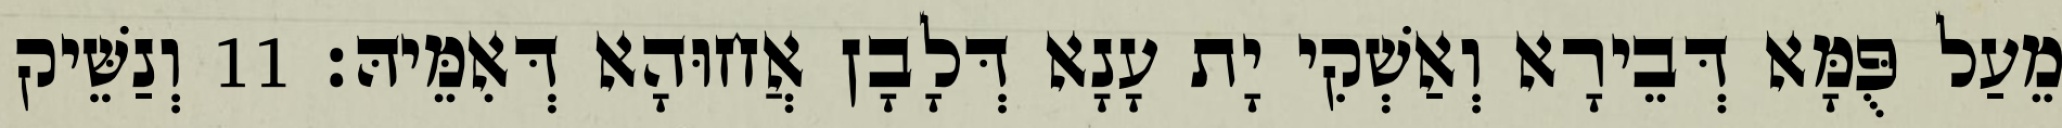
מֵעַל פֻּמָּא דְּבֵירָא וְאַשְׁקִי יָת עָנָא דְּלָבָן אֲחוּהָא דְּאִמֵּיהּ׃ 11 וְנַשֵּׁיק